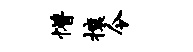
懵攘令